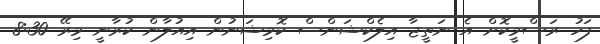
ފަހު ރަސްމީކޮށް އެ ނަތީޖާ އިލެކްޝަންސް ކޮމިޝަނުން އިއުލާން ކުރާނީ މިރޭ 8:30